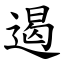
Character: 遏